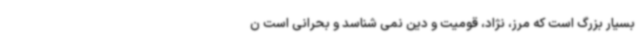
بسیار بزرگ است که مرز، نژاد، قومیت و دین نمی شناسد و بحرانی است ن